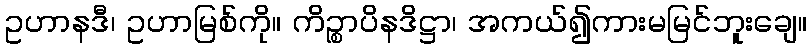
ဥဟာနဒီ၊ ဥဟာမြစ်ကို။ ကိဉ္စာပိနဒိဋ္ဌာ၊ အကယ်၍ကားမမြင်ဘူးချေ။